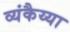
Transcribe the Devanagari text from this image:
व्यंकैय्या